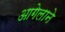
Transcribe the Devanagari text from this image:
आगेलाने